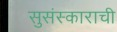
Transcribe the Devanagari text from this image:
सुसंस्काराची